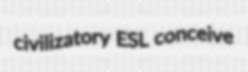
civilizatory ESL conceive